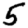
Digit: 5